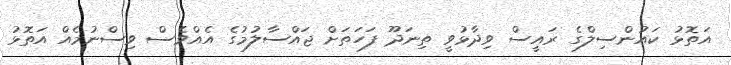
އަތޮޅު ކައުންސިލްގެ ރައީސް ވިދާޅުވީ ތިނަދޫ ފަހަތަށް ޖައްސާލުމުގެ އެއްވެސް ވިސްނުމެއް އަތޮޅު